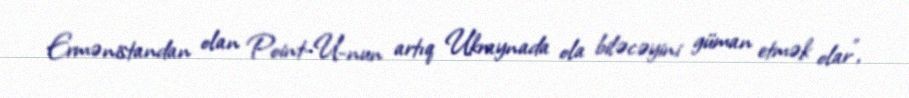
Ermənistandan olan Point-U-nun artıq Ukraynada ola biləcəyini güman etmək olar",